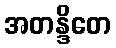
အတန္ဒိတေ